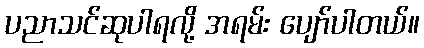
ပညာသင်ဆုပါရလို့ အရမ်း ပျော်ပါတယ်။